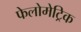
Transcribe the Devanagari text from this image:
फेलोमेट्रिक